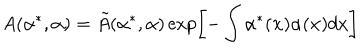
LaTeX: A ( \alpha ^ { * } , \alpha ) = \tilde { A } ( \alpha ^ { * } , \alpha ) \exp \left[ - \int \alpha ^ { * } ( { \bf x } ) \alpha ( { \bf x } ) d x \right]